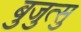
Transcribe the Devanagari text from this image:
बुजुत्सु